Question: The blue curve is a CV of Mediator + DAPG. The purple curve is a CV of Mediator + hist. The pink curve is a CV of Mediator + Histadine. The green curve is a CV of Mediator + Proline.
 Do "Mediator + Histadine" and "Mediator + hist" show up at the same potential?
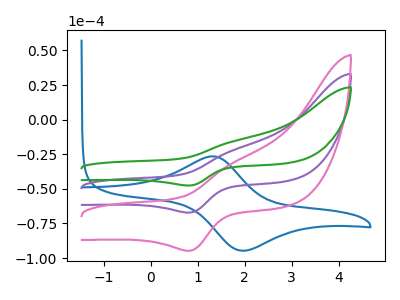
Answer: <think>The blue curve "Mediator + DAPG" has an anodic peak at (1.30V, -26.55uA) and a cathodic peak at (1.95V, -94.70uA). The purple curve "Mediator + hist" has an anodic peak at (1.70V, -22.65uA) and a cathodic peak at (0.85V, -67.15uA). The pink curve "Mediator + Histadine" has an anodic peak at (1.70V, -31.95uA) and a cathodic peak at (0.85V, -94.75uA). The green curve "Mediator + Proline" has an anodic peak at (1.70V, -45.25uA) and a cathodic peak at (0.85V, -134.35uA).
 All the peaks in "Mediator + Histadine" have a peak in "Mediator + hist" at the same potential.</think>
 <answer>"Mediator + Histadine" and "Mediator + hist" are similar in shape.</answer>
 <eval>same_shape</eval>